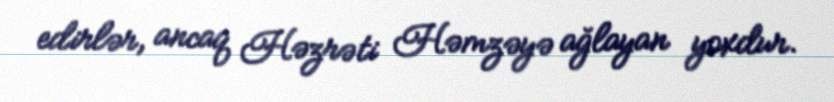
edirlər, ancaq Həzrəti Həmzəyə ağlayan yoxdur.